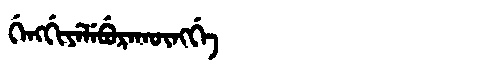
Manchu: ᡤᡝᠩᡤᡳᠶᡝᠯᡝᠪᡠᡵᠠᡴᡡᠩᡤᡝ
Romanization: GENGGIYELEBURAKŪNGGE